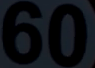
60)